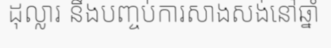
ដុល្លារ នឹងបញ្ចប់ការសាងសង់នៅឆ្នាំ